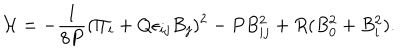
{ \cal H } = - { \frac { 1 } { 8 P } } ( \Pi _ { i } + Q \epsilon _ { i j } B _ { j } ) ^ { 2 } - P B _ { i j } ^ { 2 } + R ( B _ { 0 } ^ { 2 } + B _ { i } ^ { 2 } ) .